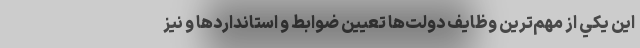
اين يكي از مهم‌ترين وظايف دولت‌ها تعيين ضوابط و استانداردها و نيز